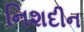
નિશદીન